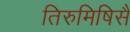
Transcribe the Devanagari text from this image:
तिरुमिषिसै